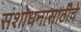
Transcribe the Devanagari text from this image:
संशोधनासाठीचे